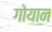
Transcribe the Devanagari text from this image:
गोयान